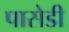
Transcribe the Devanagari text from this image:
पासेडी